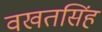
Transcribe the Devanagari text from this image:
वखतसिंह